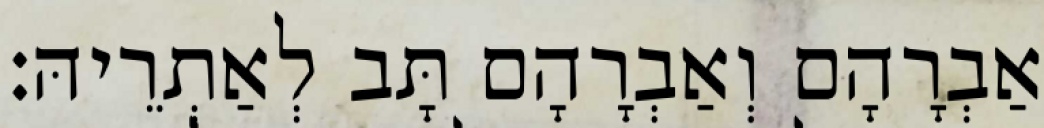
אַבְרָהָם וְאַבְרָהָם תָּב לְאַתְרֵיהּ׃